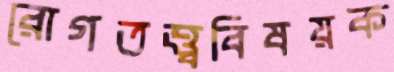
রোগতত্ত্ববিষয়ক